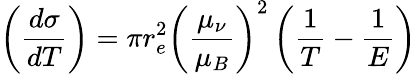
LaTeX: \left(\frac{d\sigma}{dT}\right)=\pi r_{e}^{2}\left(\frac{\mu_{\nu}}{\mu_{B}}\right)^{2}\left(\frac{1}{T}-\frac{1}{E}\right)